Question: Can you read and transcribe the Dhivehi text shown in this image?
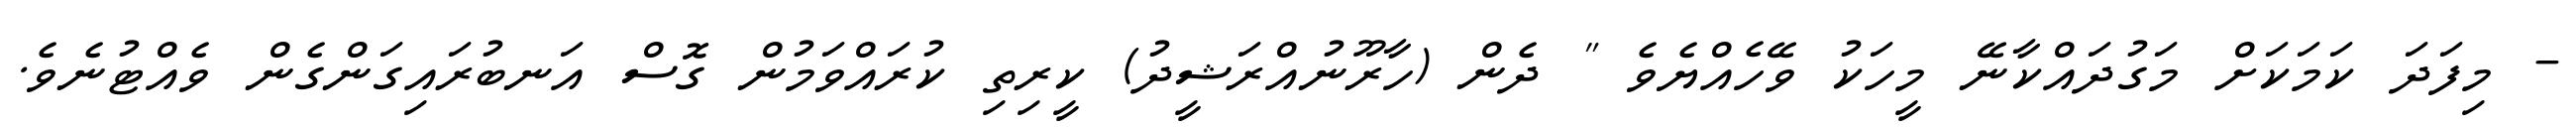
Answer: - މިފަދަ ކަމަކަށް މަގުދައްކާނޭ މީހަކު ވޭހެއްޔެވެ " ދެން (ހާރޫނުއްރަޝީދު) ކީރިތި ކުރައްވަމުން ގޮސް އަނބުރައިގަންގެން ވެއްޓުނެވެ.